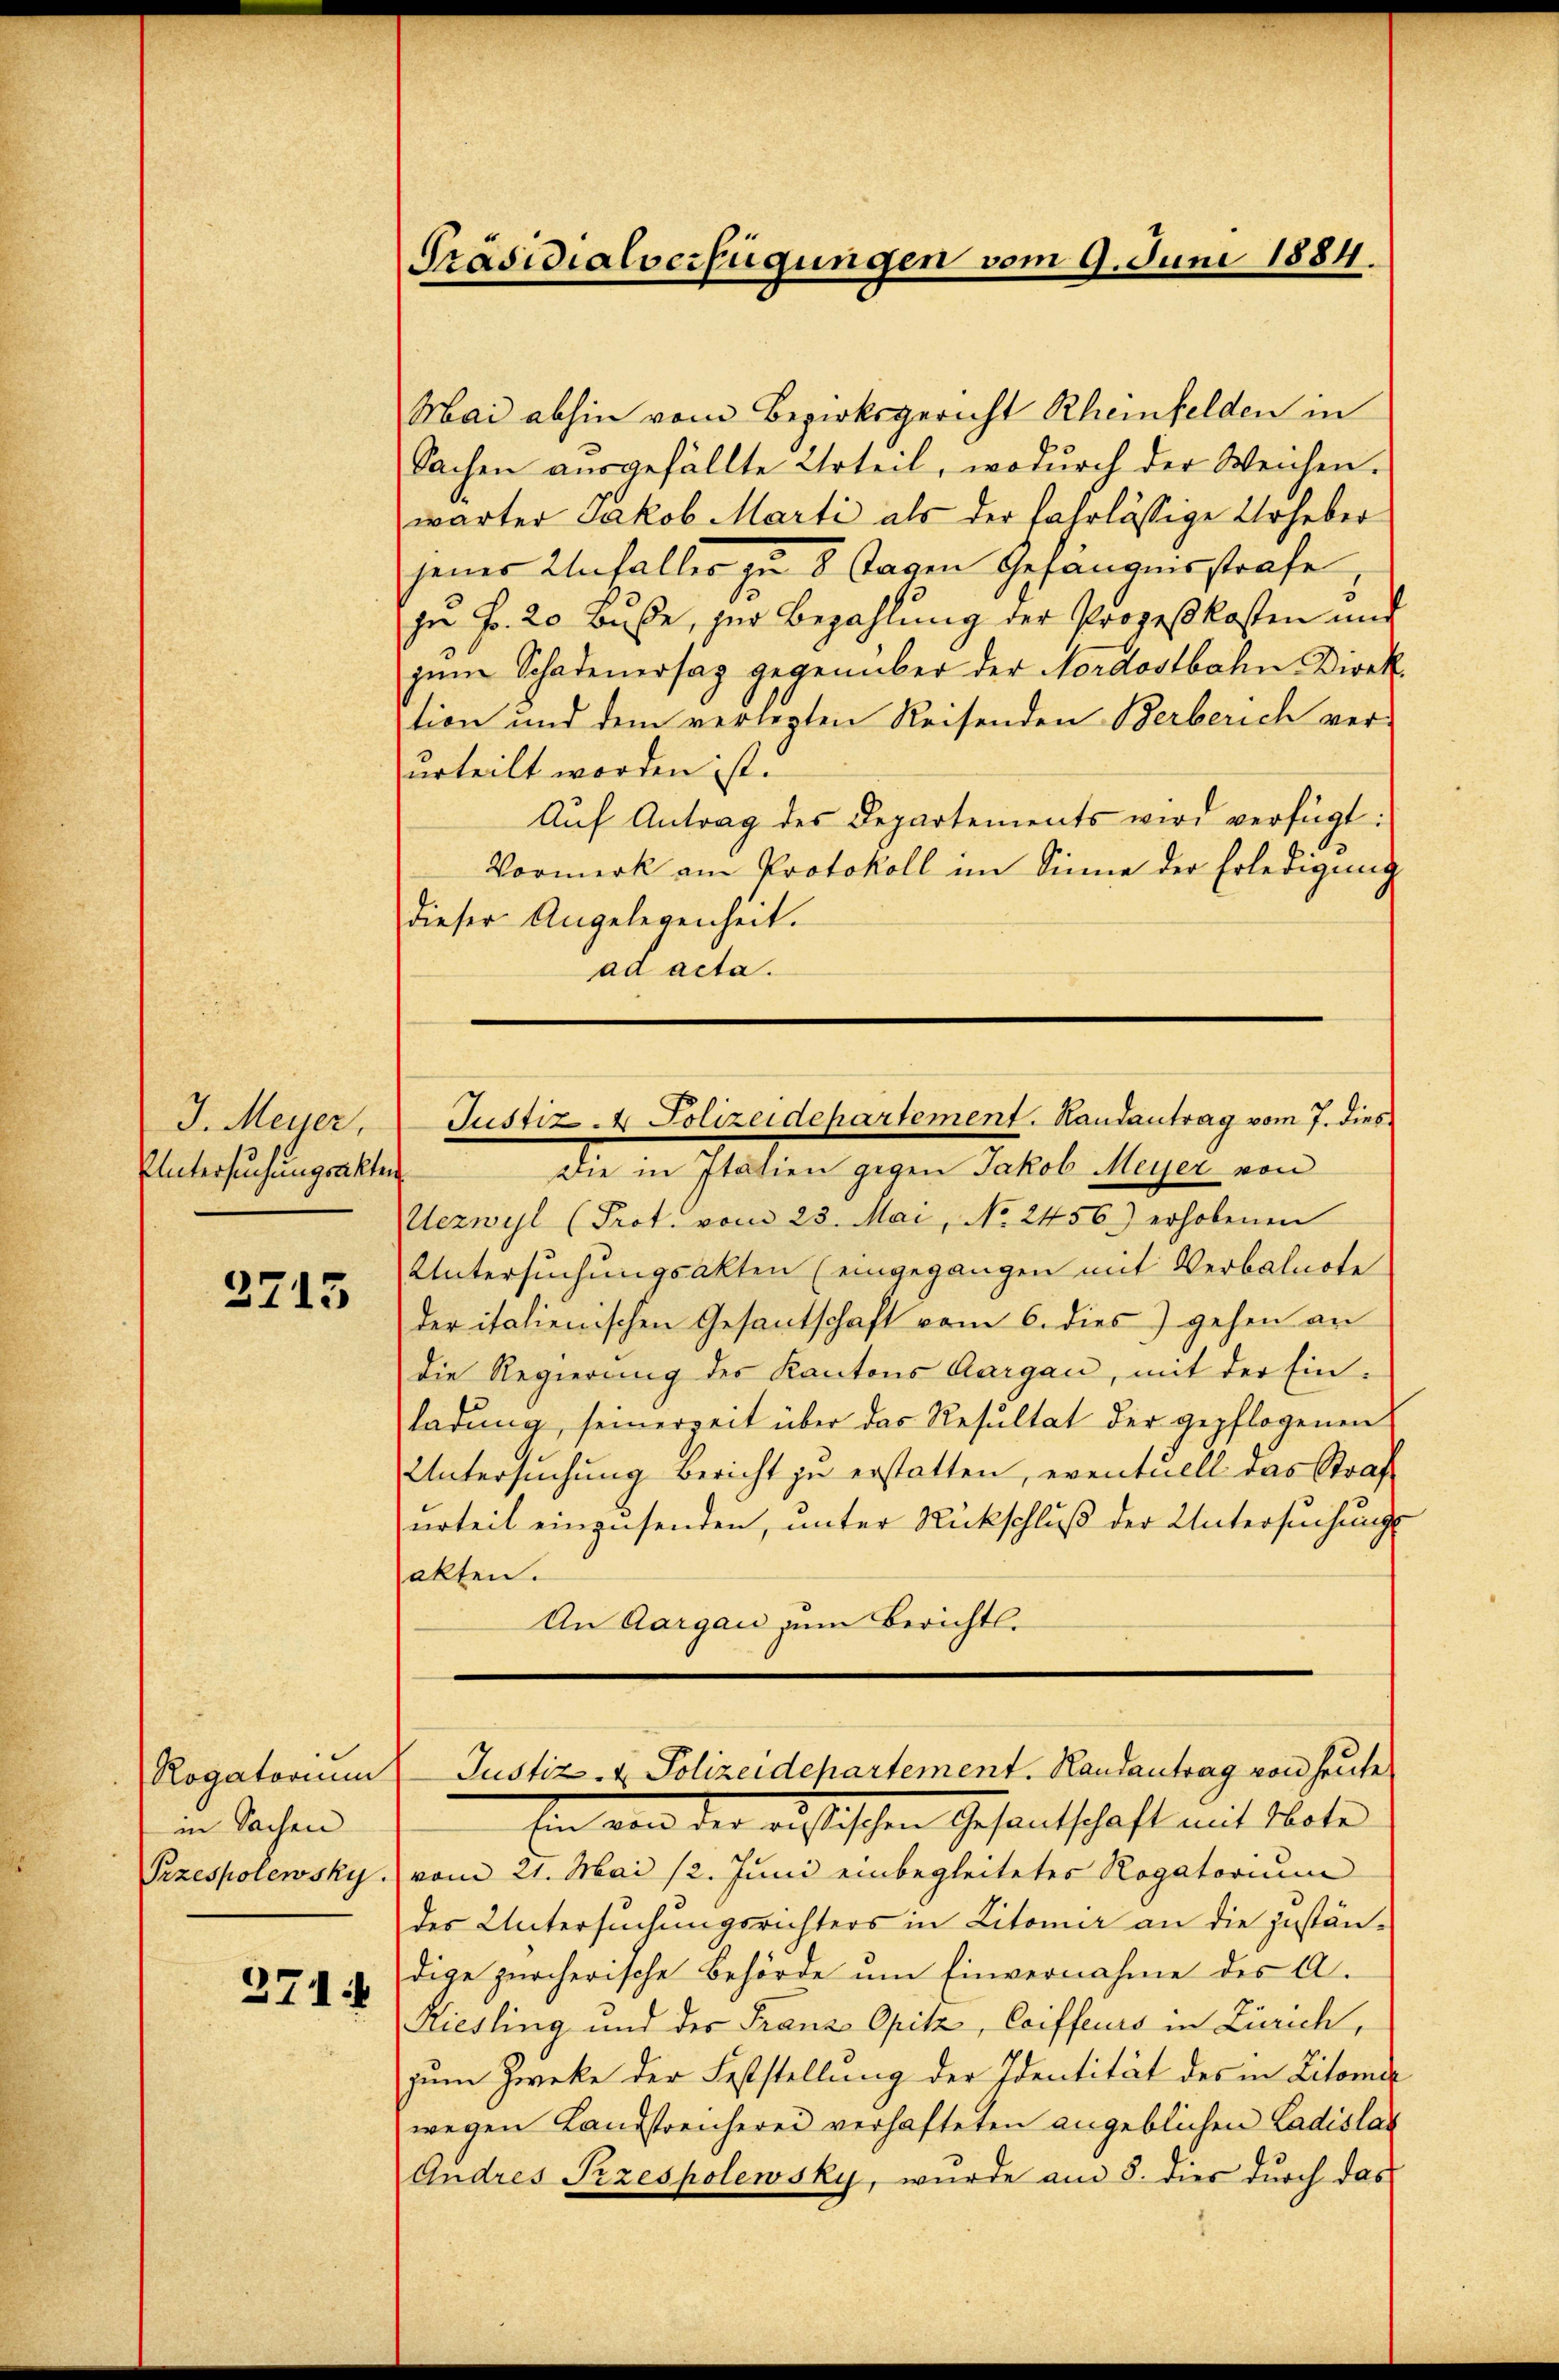
J. Meyer,
Untersuchungsakten

3715

Rogatorium
in Sachen
374:

Präsidialverfügungen vom 9. Juni 1884.

Mai abhin vom Bezirksgericht Rheinfelden in
Sachen ausgefällte Urteil, wodurch der Weichen.
wärter Jakob Marti als der fahrlässige Urheber
jener Unfaller zu 8 Tagen Gesangensstrafe
zu Fr. 20 Buße, zur Bezahlung der Prozeßkosten und
jene Schadenersag gegenüber der Nordostbahn-Direk
tion und dem verlegten Reisenden Berberich verurteilt worden ist.
Aŭf Antrag des Departements wird verfügt:
Vormerk am Protokoll im Sinne der Erledigung
dieser Angelegenheit.
ad acta.
Justiz - Polizeidepartement. Handantrag vom 7. dies
Die in Italien gegen Jakob Meyer von
Uezwyl (Prot. vom 23. Mai, No. 2456) erhobenen
Untersuchungsakten (eingegangen mit Verbalnote
der italienischen Gesantschaft vom 6. dies gehen an
die Regierung des Kantons Aargau, mit der Ein-
ladung, seinerzeit über das Resultat der gepflogenen
Untersŭchŭng bericht zŭ erstatten, eventuell das Straf
urteil einzusenden, unter Rückschluß der Untersuchungs
akten.
An Aargau zum Berichts-

Justiz- & Polizeidepartement. Handantrag von heute

Ein von der ristischen Gesandtschaft mit Mater
Przespolewsky . vom 21. Mai 1/2. Juni einbegleitetes Rogatorium
des Untersuchungsrichters in Litomer an die zuständige zürcherische Behörde um Einvernahme des A.
Riesling und der Franz Opitz, Coiffeurs in Zürich,
zum Zwecke der Feststellung der Identität des in Litomer
wegen Landstreicherei verhafteten angeblichen Ladislas
Andres Przespolewsky, wurde am 8. dies durch das